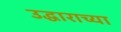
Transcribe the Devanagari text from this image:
उद्धाराच्या